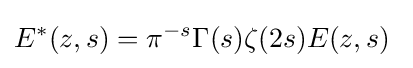
E^{*}(z,s)=\pi ^{-s}\Gamma (s)\zeta (2s)E(z,s)\